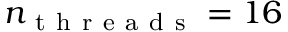
n _ { \mathrm { ~ t ~ h ~ r ~ e ~ a ~ d ~ s ~ } } = 1 6